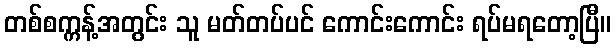
တစ်စက္ကန့်အတွင်း သူ မတ်တပ်ပင် ကောင်းကောင်း ရပ်မရတော့ပြီ။